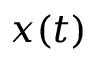
x ( t )